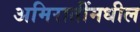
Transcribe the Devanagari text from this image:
अमिरातींमधील